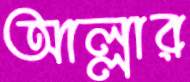
আল্লার